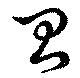
台